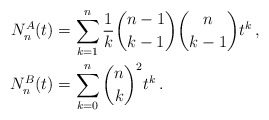
\begin{align*} N^{A}_n(t) &= \sum_{k=1}^n \frac{1}{k}\binom{n-1}{k-1} \binom{n}{k-1} t^k \, , \\ N^{B}_n(t) &= \sum_{k=0}^n \binom{n}{k}^2 t^k \, .\end{align*}